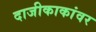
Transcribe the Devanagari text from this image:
दाजीकाकांवर